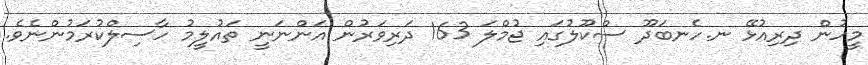
މީހުން ދިރިއުޅޭ ނ.ހެނބަދޫ ސްކޫލުގައި ޖުމްލަ 163 ދަރިވަރުން އަންނަނީ ތައުލީމު ހާސިލްކުރަމުންނެވެ.